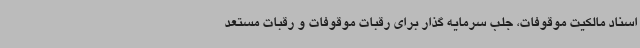
اسناد مالکیت موقوفات، جلب سرمایه گذار برای رقبات موقوفات و رقبات مستعد